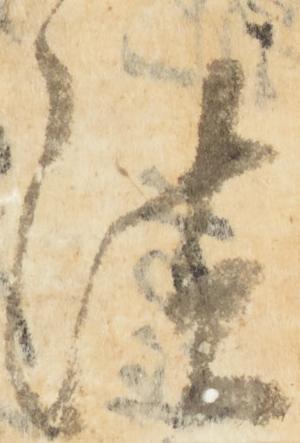
法